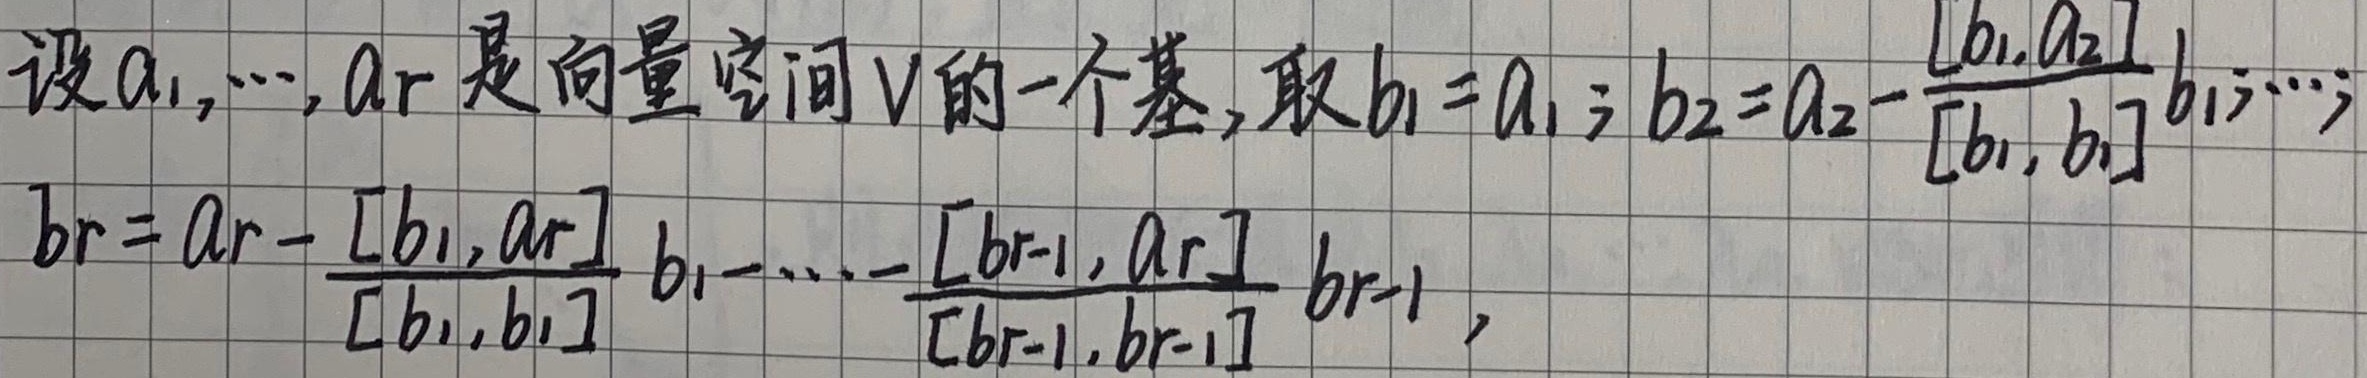
设\(a_1,\cdots,a_r\)是向量空间\(V\)的一个基，取
\(b_1 = a_1\)；
\(b_2 = a_2 - \frac{[b_1,a_2]}{[b_1,b_1]}b_1\)；
\(\cdots\)；
\(b_r = a_r - \frac{[b_1,a_r]}{[b_1,b_1]}b_1 - \cdots - \frac{[b_{r - 1},a_r]}{[b_{r - 1},b_{r - 1}]}b_{r - 1}\)。